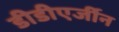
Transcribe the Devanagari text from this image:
डीडीएर्जीन